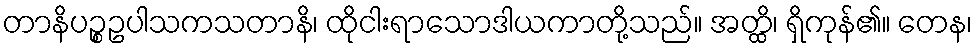
တာနိပဉ္စဥပါသကသတာနိ၊ ထိုငါးရာသောဒါယကာတို့သည်။ အတ္ထိ၊ ရှိကုန်၏။ တေန၊